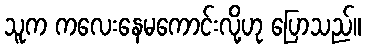
သူက ကလေးနေမကောင်းလို့ဟု ပြောသည်။